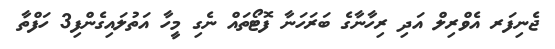
ޖެނިފަރ އެވްރިލް އަދި ރިހާނާގެ ބަރަހަނާ ފޮޓޯތައް ނެގި މީހާ އަތުލައިގެންފި3 ހަފްތާ